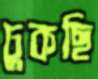
ঢুকছি